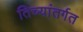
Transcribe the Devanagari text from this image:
तिच्यांतर्गत